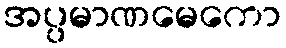
အပ္ပမာဏမေကော